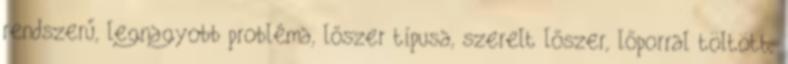
rendszerű, legnagyobb probléma, lőszer típusa, szerelt lőszer, lőporral töltött,